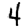
Digit: 4